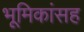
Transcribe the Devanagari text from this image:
भूमिकांसह